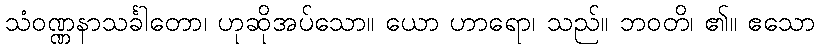
သံဝဏ္ဏနာသင်္ခါတော၊ ဟုဆိုအပ်သော။ ယော ဟာရော၊ သည်။ ဘဝတိ၊ ၏။ ဧသော